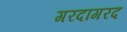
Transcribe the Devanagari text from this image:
गरदागरद